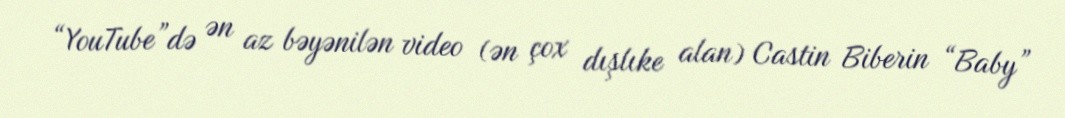
“YouTube”də ən az bəyənilən video (ən çox dışlıke alan) Castin Biberin “Baby”